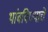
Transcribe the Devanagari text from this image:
थांबविण्याचे